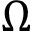
\Omega